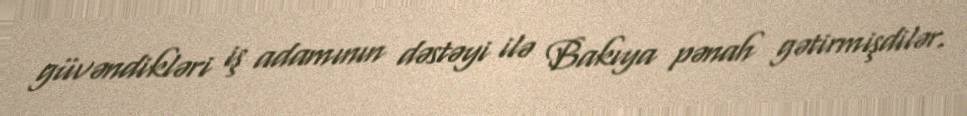
güvəndikləri iş adamının dəstəyi ilə Bakıya pənah gətirmişdilər.